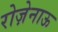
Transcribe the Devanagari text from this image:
रोज़ेनाऊ